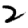
Digit: 2